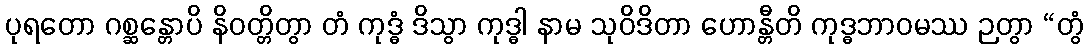
ပုရတော ဂစ္ဆန္တောပိ နိဝတ္တိတွာ တံ ကုဒ္ဓံ ဒိသွာ ကုဒ္ဓါ နာမ သုဝိဒိတာ ဟောန္တီတိ ကုဒ္ဓဘာဝမဿ ဉတွာ “တွံ